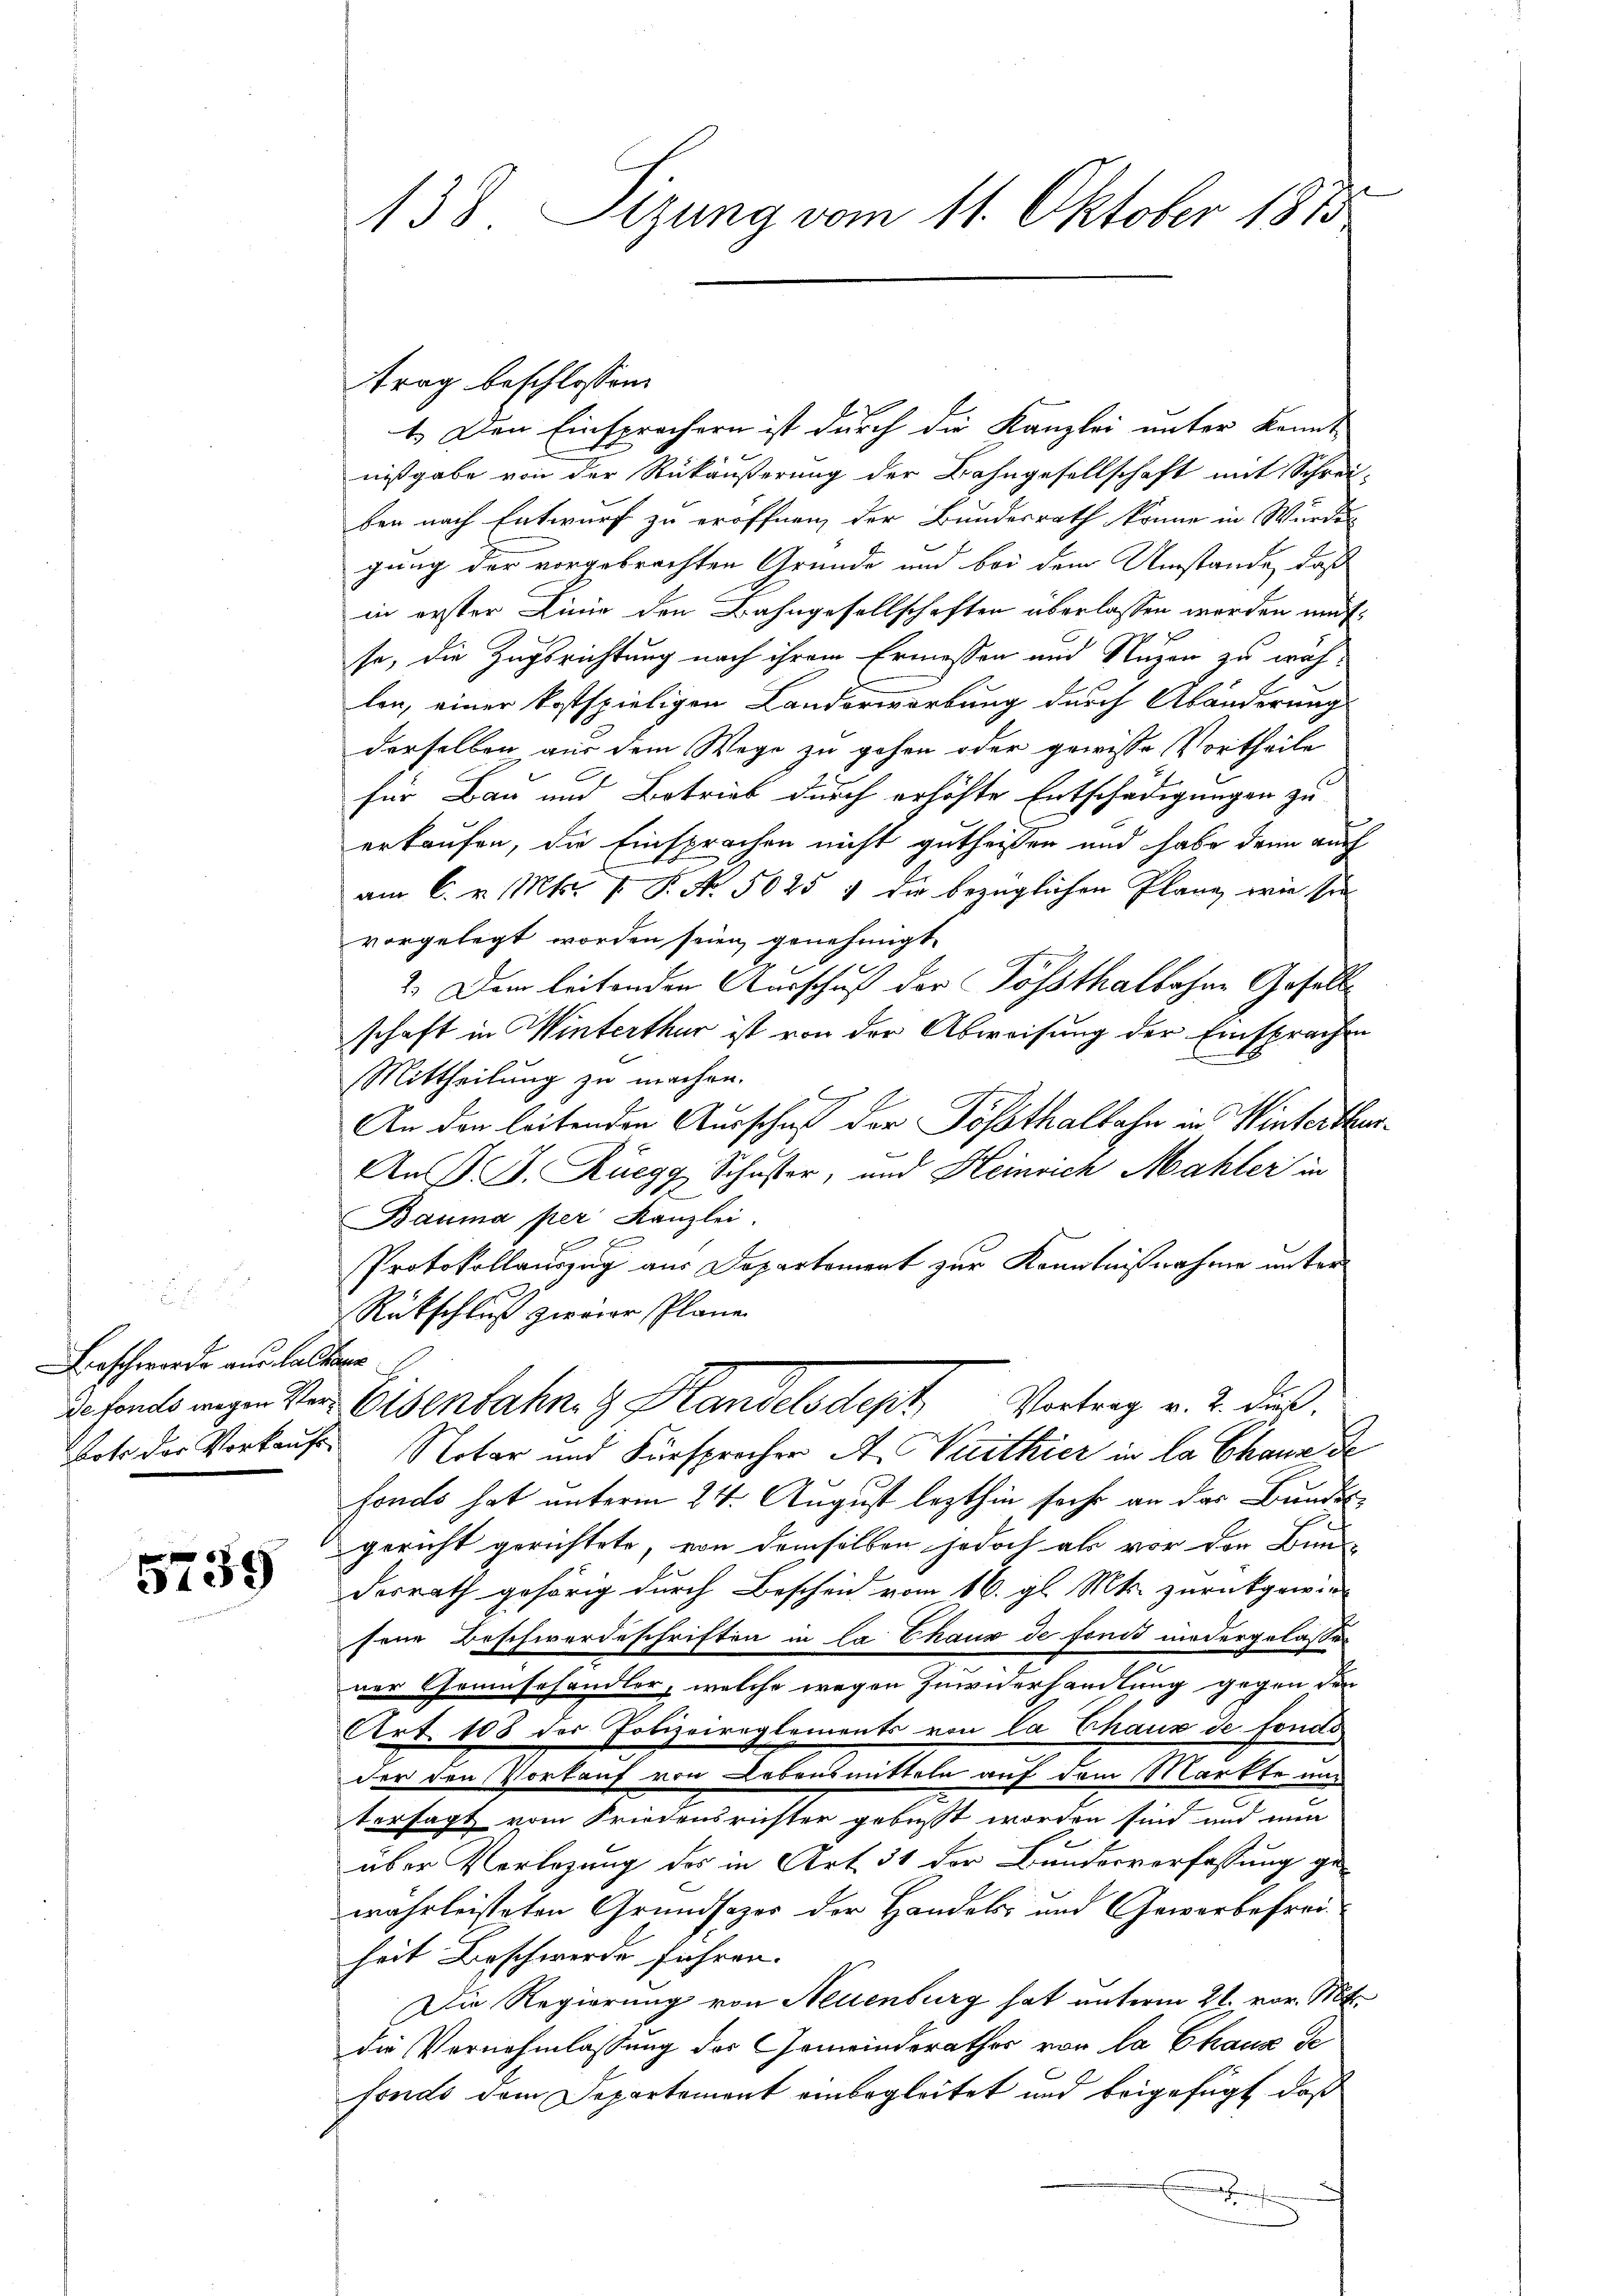
Beschwerde aus altene

5139

138. Sizung vom 11. Oktober 1813.

trag beschlossen:
1.) Den Einsprochern ist durch die Kanzlei unter konnt
nißgabe von der Rückäußerung der Bahngesellschaft mit Schreiben nach Entwurf zu eröffnen, der Bundesrath könne in Würden
gung der vorgebrachten Grunde und bei dem Umstände, daß
in erster Linie den Bahngesellschaften überlassen worden mitse, die Zugsrichtung nach ihrem Ermessen und Nuzen zu wäh-
len, einer kostspieligen Landerwerbung durch Abänderung
derselben aus dem Wege zu gehen oder gewisse Vortheile
für Bau und Betrieb durch erhöhte Entschädigungen zu
erkaufen, die Einsprachen nicht gutheißen und habe dann auch
am 6. v. Mts. V. P. Nr. 5025 : die bezüglichen Plane, wie sie
vorgelegt worden seien genehmigt.
2. Dem leitenden Ausschuß der Possthalbahne Gefäll
schaft in Winterthur ist von der Abweisung der Einsprachen
Mittheilung zu machen.
An den leitenden Ausschuß der Tößthalbahn in Winterthur¬
Auß. D. Ruegg, Schuster, und Heinrich Mahler in
Bauma per Kanzlei.
E
Protokollauszug aus Departement zur Kenntnißnahme unter
Rückschluß zweier Pläne.
defonds wegen Ver- Eisenbahn, z. Handelsdept. Vortrag v. 2. dus.
Voto der Vorkaufs Notar und Fürsprocher A. Wirthier in la Chann de
fonds hat unterm 24. August lezthin sechs an der Bundesgericht gerichtete, von demselben jedoch als vor der Bun-
desrath gehörig durch Bescheid vom 16. gl. Mts. zurückgewiefene Beschwerdeschriften in La Chaus de fonis niedergelassen
ner Grünschandler, welche wegen Zuwiderhandlung gegen den
Art. 103 des Polizeireglements von la Chaux de fonds
der den Vorkauf von Lebensmitteln auf dem Markte und
tersagt vom Friedensrichter gebüsst worden sind und nun
über Vorlegung des in Art. 31 der Bunderverfassung ge-
währleisteten Grundsazer der Handels- und Gewerbefreiheit Beschwerde führen.
Die Regierung von Neuenburg hat unterm 21. vor. Mt.
die Vernehmlassung des Gemeinderathes von la Chaux de
fonds dem Departement einbegleitet und beigefügt, daß
E